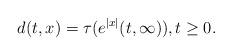
LaTeX: \begin{align*}d(t,x)=\tau(e^{|x|}(t,\infty)),t\geq 0.\end{align*}